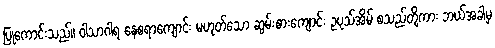
ပြုကောင်းသည်။ ဝါသာဂါရ နေစရာကျောင်း မဟုတ်သော ဆွမ်းစားကျောင်း ဥပုသ်အိမ် စသည်တို့ကား ဘယ်အခါမှ